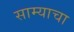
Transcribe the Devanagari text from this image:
साम्याचा